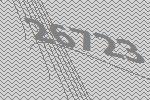
26723